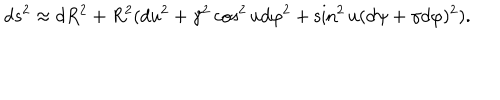
d s ^ { 2 } \approx d R ^ { 2 } + R ^ { 2 } ( d u ^ { 2 } + \gamma ^ { 2 } \cos ^ { 2 } u d \varphi ^ { 2 } + \sin ^ { 2 } u ( d \psi + \gamma d \varphi ) ^ { 2 } ) .